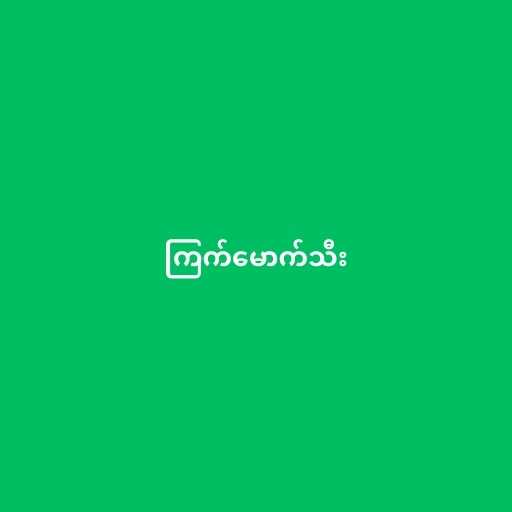
ကြက်မောက်သီး